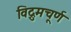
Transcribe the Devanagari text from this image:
विद्रुमचूर्ण